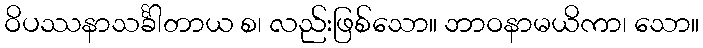
ဝိပဿနာသင်္ခါတာယ စ၊ လည်းဖြစ်သော။ ဘာဝနာမယိကာ၊ သော။